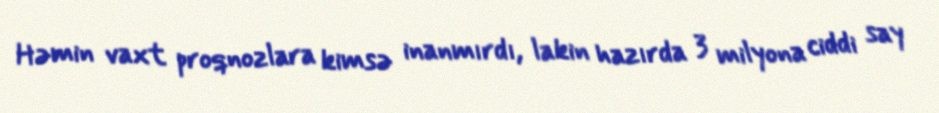
Həmin vaxt proqnozlara kimsə inanmırdı, lakin hazırda 3 milyona ciddi say